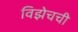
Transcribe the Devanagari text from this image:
विझेचची